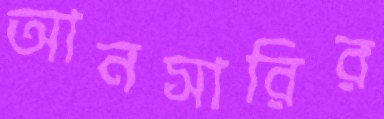
আনসারির